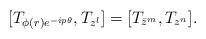
LaTeX: \begin{align*}[T_{\phi(r)e^{-ip\theta}} , T_{z^l}]=[T_{\bar{z}^m}, T_{z^n}].\end{align*}